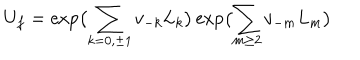
U _ { f } = \exp \bigl ( \sum _ { k = 0 , \pm 1 } v _ { - k } L _ { k } \bigr ) \exp \bigl ( \sum _ { m \geq 2 } v _ { - m } L _ { m } \bigr )